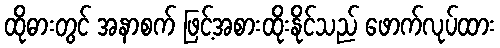
ထိုဓားတွင် အနာစက် ဖြင့်အစားထိုးနိုင်သည် ဖောက်လုပ်ထား